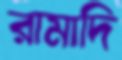
রামাদি